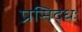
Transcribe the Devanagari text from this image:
प्रसिद्धः